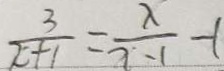
\frac { 3 } { x + 1 } = \frac { x } { x - 1 } - (